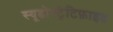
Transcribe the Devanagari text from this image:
स्यूडोस्ट्रैटिफ़ाइड